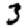
Digit: 3